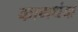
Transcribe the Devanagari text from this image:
कामधंदा